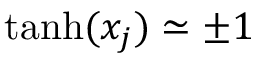
\operatorname { t a n h } ( x _ { j } ) \simeq \pm 1